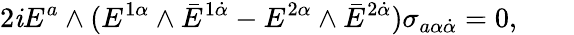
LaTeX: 2\mathit{i}E^{a}\wedge(E^{1\alpha}\wedge\bar{{E}}^{1\dot{{\alpha}}}-E^{2\alpha}\wedge\bar{{E}}^{2\dot{{\alpha}}})\sigma_{a\alpha\dot{{\alpha}}}=0,\qquad